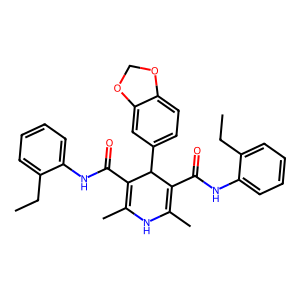
SMILES: CCc1ccccc1NC(=O)C1=C(C)NC(C)=C(C(=O)Nc2ccccc2CC)C1c1ccc2c(c1)OCO2
Inhibits HIV replication: No